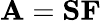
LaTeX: \mathbf A=\mathbf S\mathbf F